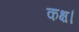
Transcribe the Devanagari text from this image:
कक्ष।